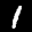
Label: 1